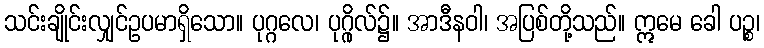
သင်းချိုင်းလျှင်ဥပမာရှိသော။ ပုဂ္ဂလေ၊ ပုဂ္ဂိုလ်၌။ အာဒီနဝါ၊ အပြစ်တို့သည်။ ဣမေ ခေါ ပဉ္စ၊